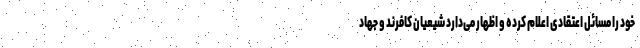
خود را مسائل اعتقادی اعلام کرده و اظهار می‌دارد شیعیان کافرند و جهاد